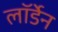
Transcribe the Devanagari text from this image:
लॉर्डेन